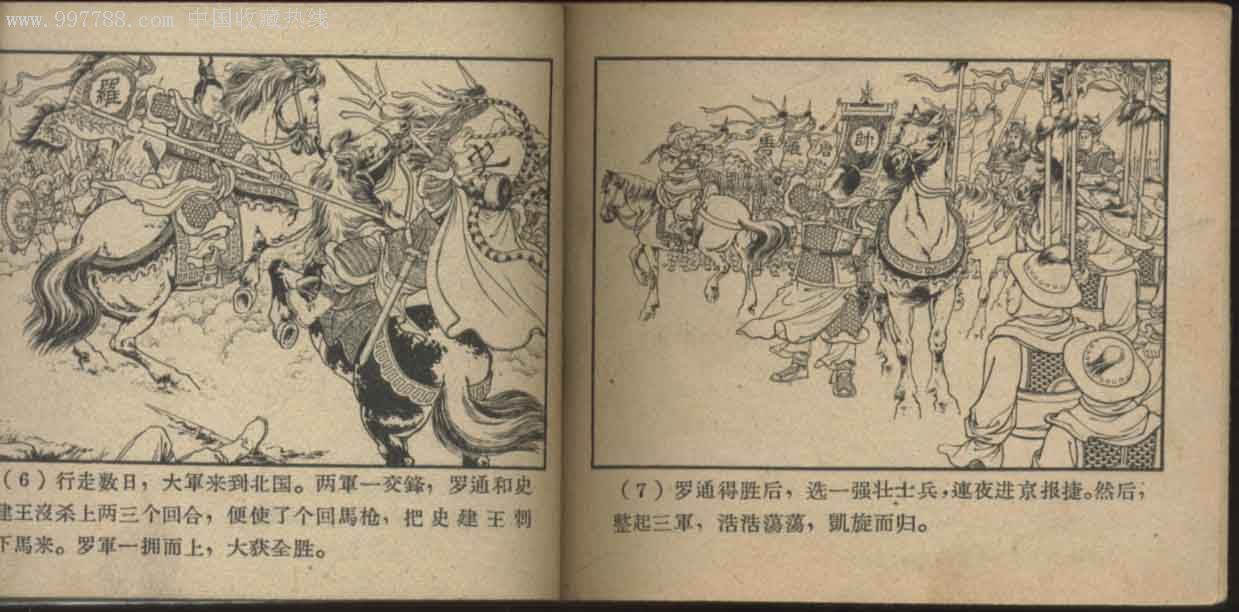
忘身辞凤阙，报国取龙庭。